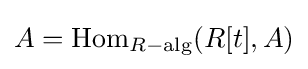
A=\operatorname {Hom} _{R-{\text{alg}}}(R[t],A)